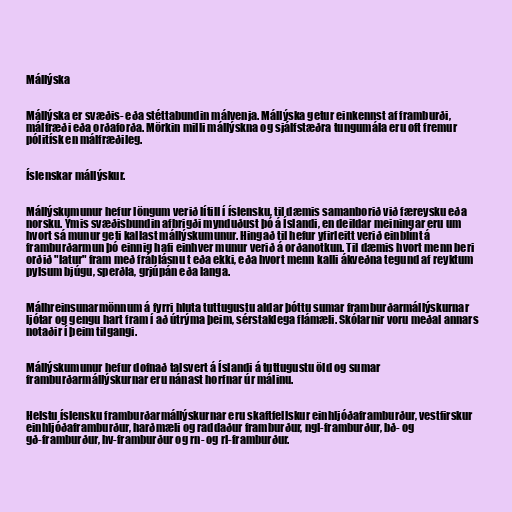
Mállýska

Mállýska er svæðis- eða stéttabundin málvenja. Mállýska getur einkennst af framburði,
málfræði eða orðaforða. Mörkin milli mállýskna og sjálfstæðra tungumála eru oft fremur
pólitísk en málfræðileg.

Íslenskar mállýskur.

Mállýskumunur hefur löngum verið lítill í íslensku, til dæmis samanborið við færeysku eða
norsku. Ýmis svæðisbundin afbrigði mynduðust þó á Íslandi, en deildar meiningar eru um
hvort sá munur geti kallast mállýskumunur. Hingað til hefur yfirleitt verið einblínt á
framburðarmun þó einnig hafi einhver munur verið á orðanotkun. Til dæmis hvort menn beri
orðið "latur" fram með fráblásnu t eða ekki, eða hvort menn kalli ákveðna tegund af reyktum
pylsum bjúgu, sperðla, grjúpán eða langa.

Málhreinsunarmönnum á fyrri hluta tuttugustu aldar þóttu sumar framburðarmállýskurnar
ljótar og gengu hart fram í að útrýma þeim, sérstaklega flámæli. Skólarnir voru meðal annars
notaðir í þeim tilgangi.

Mállýskumunur hefur dofnað talsvert á Íslandi á tuttugustu öld og sumar
framburðarmállýskurnar eru nánast horfnar úr málinu.

Helstu íslensku framburðarmállýskurnar eru skaftfellskur einhljóðaframburður, vestfirskur
einhljóðaframburður, harðmæli og raddaður framburður, ngl-framburður, bð- og
gð-framburður, hv-framburður og rn- og rl-framburður.